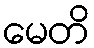
မေတိ